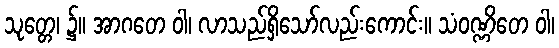
သုတ္တေ၊ ၌။ အာဂတေ ဝါ၊ လာသည်ရှိသော်လည်းကောင်း။ သံဝဏ္ဏိတေ ဝါ၊